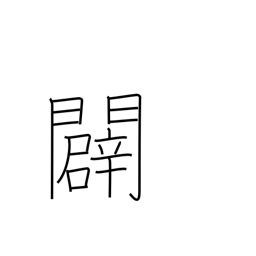
Meaning: open